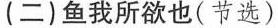
(二)鱼我所欲也(节选)